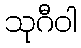
သုဂီဝါ